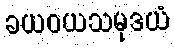
ခယဝယသမုဒယံ